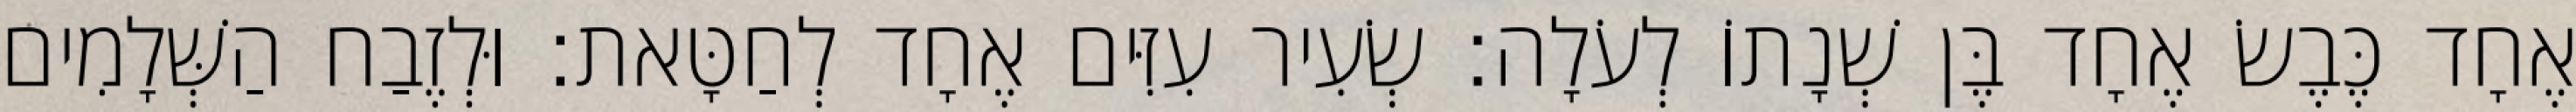
אֶחָד כֶּבֶשׂ אֶחָד בֶּן שְׁנָתוֹ לְעֹלָה׃ שְׂעִיר עִזִּים אֶחָד לְחַטָּאת׃ וּלְזֶבַח הַשְּׁלָמִים